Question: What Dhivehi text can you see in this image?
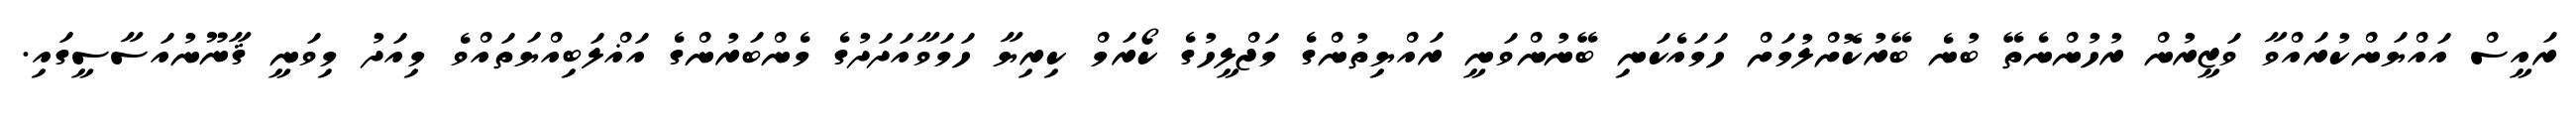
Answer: ރައީސް އައްޔަންކުރައްވާ ވަޒީރުން ރުހުންނެތޭ ބުނެ ބޭރުކޮށްލުމަށް ހަމައެކަނި ބޭނުންވަނީ ރައްޔިތުންގެ މަޖްލީހުގެ ކޯރަމް ކިރިޔާ ހަމަވާއަދަދުގެ މެންބަރުންގެ އަޣްލަބިއްޔަތައްވެ މިއަދު މިވަނީ ޤާނޫނުއަސާސީގައި.